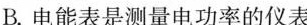
B.电能表是测量电功率的仪表